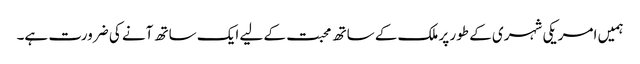
ہمیں امریکی شہری کے طور پر ملک کے ساتھ محبت کے لیے ایک ساتھ آنے کی ضرورت ہے۔